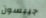
جيبسون